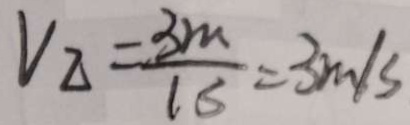
V _ { \Delta } = \frac { 3 m } { 1 s } = 3 m / s